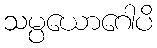
သမ္ပယောဂေါပိ